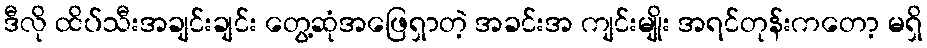
ဒီလို ထိပ်သီးအချင်းချင်း တွေ့ဆုံအဖြေရှာတဲ့ အခင်းအ ကျင်းမျိုး အရင်တုန်းကတော့ မရှိ